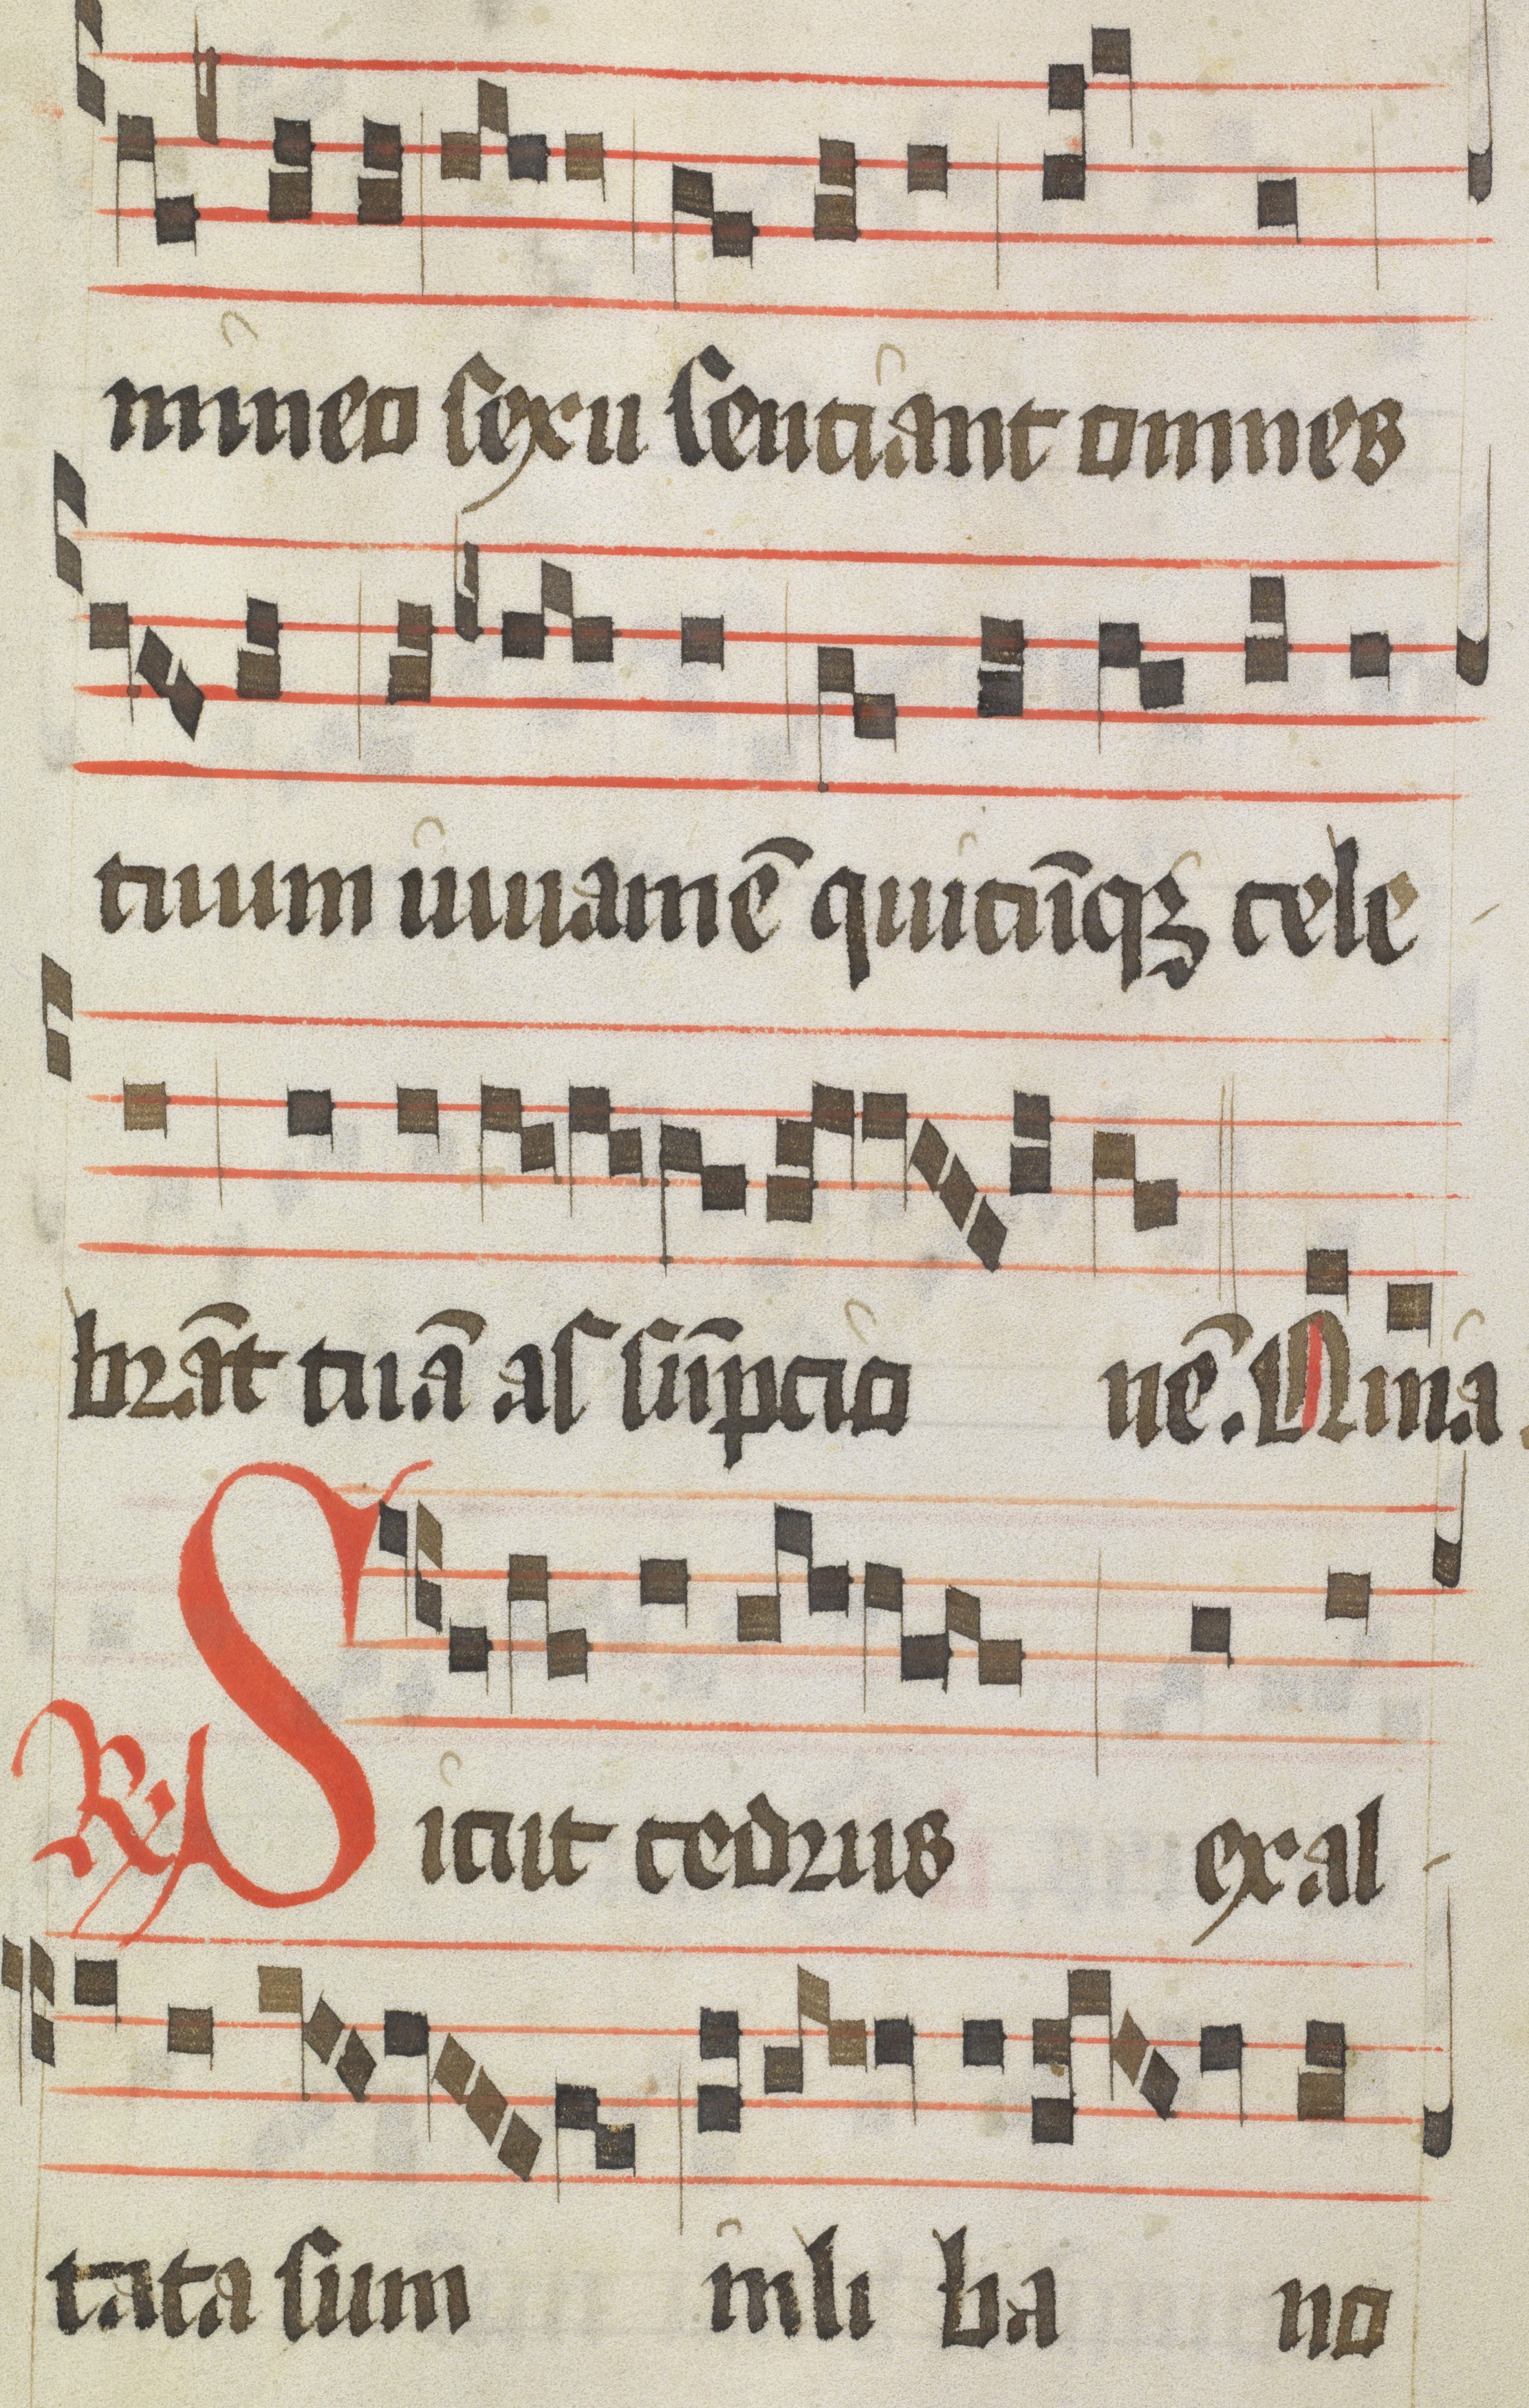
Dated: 1425–1449